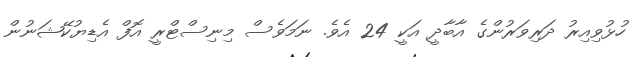
ހުޅުވިއިރު ދަރިވަރުންގެ އާބާދީ އަކީ 24 އެވެ. ނަމަވެސް މިނިސްޓްރީ އޮފް އެޑިޔުކޭޝަނުން